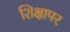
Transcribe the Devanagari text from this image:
शिक्षापर